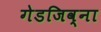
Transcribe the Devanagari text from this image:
गेडजिव्ना